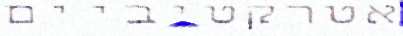
אטרקטיביים